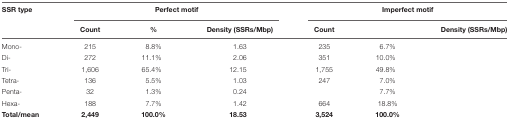
<table><thead><tr><td><b>SSR type</b></td><td colspan="3"><b>Perfect motif</b></td><td colspan="3"><b>Imperfect motif</b></td></tr><tr><td>[EMPTY_CELL]</td><td><b>Count</b></td><td><b>%</b></td><td><b>Density (SSRs/Mbp)</b></td><td><b>Count</b></td><td>[EMPTY_CELL]</td><td><b>Density (SSRs/Mbp)</b></td></tr></thead><tbody><tr><td>Mono-</td><td>215</td><td>8.8%</td><td>1.63</td><td>235</td><td>6.7%</td><td>[EMPTY_CELL]</td></tr><tr><td>Di-</td><td>272</td><td>11.1%</td><td>2.06</td><td>351</td><td>10.0%</td><td>[EMPTY_CELL]</td></tr><tr><td>Tri-</td><td>1,606</td><td>65.4%</td><td>12.15</td><td>1,755</td><td>49.8%</td><td>[EMPTY_CELL]</td></tr><tr><td>Tetra-</td><td>136</td><td>5.5%</td><td>1.03</td><td>247</td><td>7.0%</td><td>[EMPTY_CELL]</td></tr><tr><td>Penta-</td><td>32</td><td>1.3%</td><td>0.24</td><td>[EMPTY_CELL]</td><td>7.7%</td><td>[EMPTY_CELL]</td></tr><tr><td>Hexa-</td><td>188</td><td>7.7%</td><td>1.42</td><td>664</td><td>18.8%</td><td>[EMPTY_CELL]</td></tr><tr><td><b>Total/mean</b></td><td><b>2,449</b></td><td><b>100.0%</b></td><td><b>18.53</b></td><td><b>3,524</b></td><td><b>100.0%</b></td><td>[EMPTY_CELL]</td></tr></tbody></table>